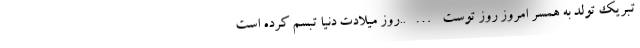
تبریک تولد به همسر امروز روز توست…..روز میلادت دنیا تبسم کرده است